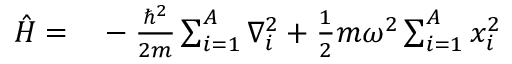
\begin{array} { r l } { \hat { H } = } & { { } - \frac { \hbar ^ { 2 } } { 2 m } \sum _ { i = 1 } ^ { A } \nabla _ { i } ^ { 2 } + \frac { 1 } { 2 } m \omega ^ { 2 } \sum _ { i = 1 } ^ { A } x _ { i } ^ { 2 } } \end{array}